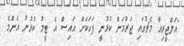
"އަލްޖީރިއާ މެޗުގައި ޖަރުމަން ކުޅުނީ ފަހަކަށް އައިސް އެ ޓީމު ކުޅުނު އެންމެ